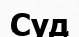
Суд